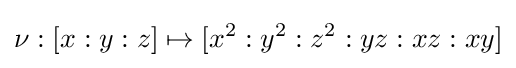
\nu :[x:y:z]\mapsto [x^{2}:y^{2}:z^{2}:yz:xz:xy]